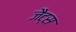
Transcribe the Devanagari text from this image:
जैट्स